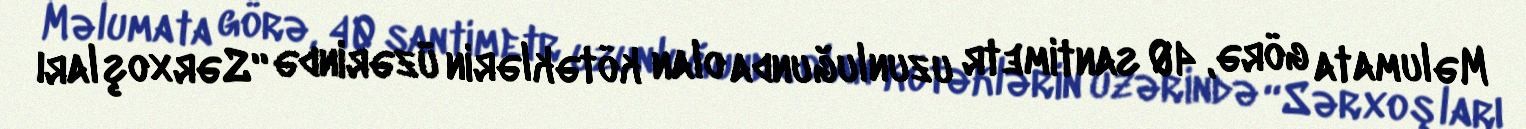
Məlumata görə, 40 santimetr uzunluğunda olan kötəklərin üzərində “Sərxoşları